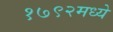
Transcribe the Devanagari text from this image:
१७९२मध्ये